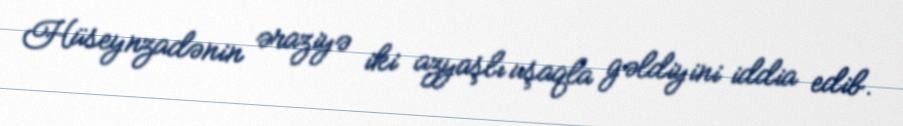
Hüseynzadənin əraziyə iki azyaşlı uşaqla gəldiyini iddia edib.